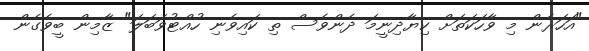
"އަހަރެން މި ވާހަކަތަށް ކިޔާދިނީމަ ދެންވެސް ތި ކައިވެނި ހުއްޓުވަބަލަ" ޒާމިން ބީވެގެން